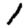
Digit: 1